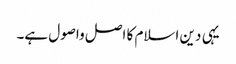
یہی دین اسلام کا اصل واصول ہے۔